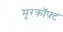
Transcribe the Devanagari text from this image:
मूरक्रॉफ़्ट